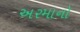
અરમાનો